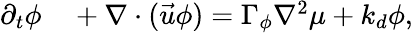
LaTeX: \begin{array}{rl}{\partial_{t}\phi}&{{}+\nabla\cdot(\vec{u}\phi)=\Gamma_{\phi}\nabla^{2}\mu+k_{d}\phi,}\end{array}